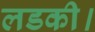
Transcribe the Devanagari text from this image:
लडकी।